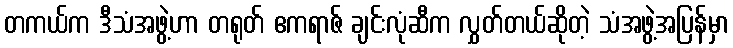
တကယ်က ဒီသံအဖွဲ့ဟာ တရုတ် ဧကရာဇ် ချင်းလုံဆီက လွှတ်တယ်ဆိုတဲ့ သံအဖွဲ့အပြန်မှာ